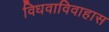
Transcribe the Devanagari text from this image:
विधवाविवाहास